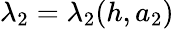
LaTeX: \lambda_{2}=\lambda_{2}(h,a_{2})